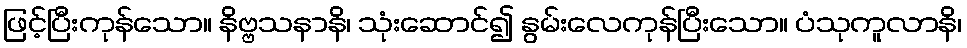
ဖြင့်ပြီးကုန်သော။ နိဗ္ဗသနာနိ၊ သုံးဆောင်၍ နွမ်းလေကုန်ပြီးသော။ ပံသုကူလာနိ၊